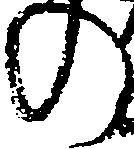
の